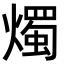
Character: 燭